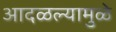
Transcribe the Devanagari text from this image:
आदळल्यामुळे